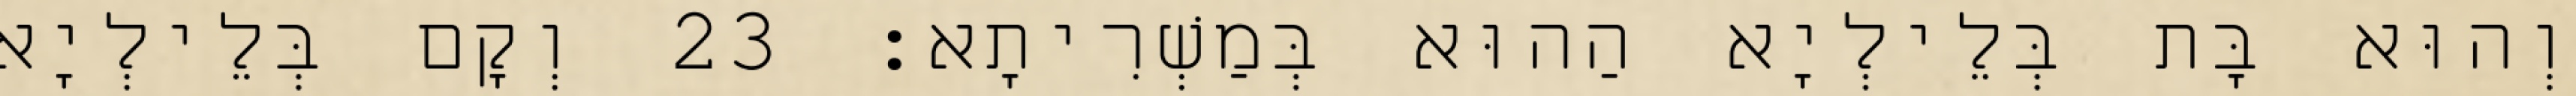
וְהוּא בָּת בְּלֵילְיָא הַהוּא בְּמַשְׁרִיתָא׃ 23 וְקָם בְּלֵילְיָא